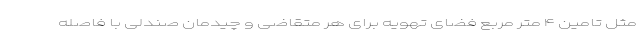
مثل تامین ۴ متر مربع فضای تهویه برای هر متقاضی و چیدمان صندلی با فاصله